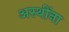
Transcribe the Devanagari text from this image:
अस्थींना